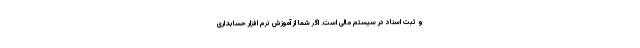
و ثبت اسناد در سیستم مالی است. اگر شما از آموزش نرم افزار حسابداری